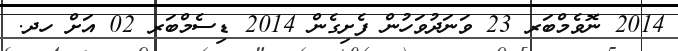
2014 ނޮވެމްބަރ 23 ވަނަދުވަހުން ފެށިގެން 2014 ޑިސެމްބަރ 02 އަށް ހދ.